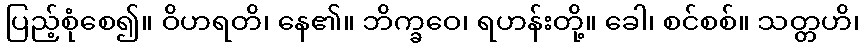
ပြည့်စုံစေ၍။ ဝိဟရတိ၊ နေ၏။ ဘိက္ခဝေ၊ ရဟန်းတို့။ ခေါ၊ စင်စစ်။ သတ္တဟိ၊